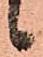
候